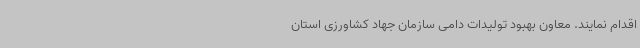
اقدام نمایند. معاون بهبود تولیدات دامی سازمان جهاد کشاورزی استان